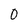
Character: 0